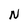
Character: N